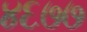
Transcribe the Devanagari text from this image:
४६७७